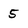
Character: 5